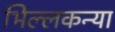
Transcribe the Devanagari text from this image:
भिल्लकन्या